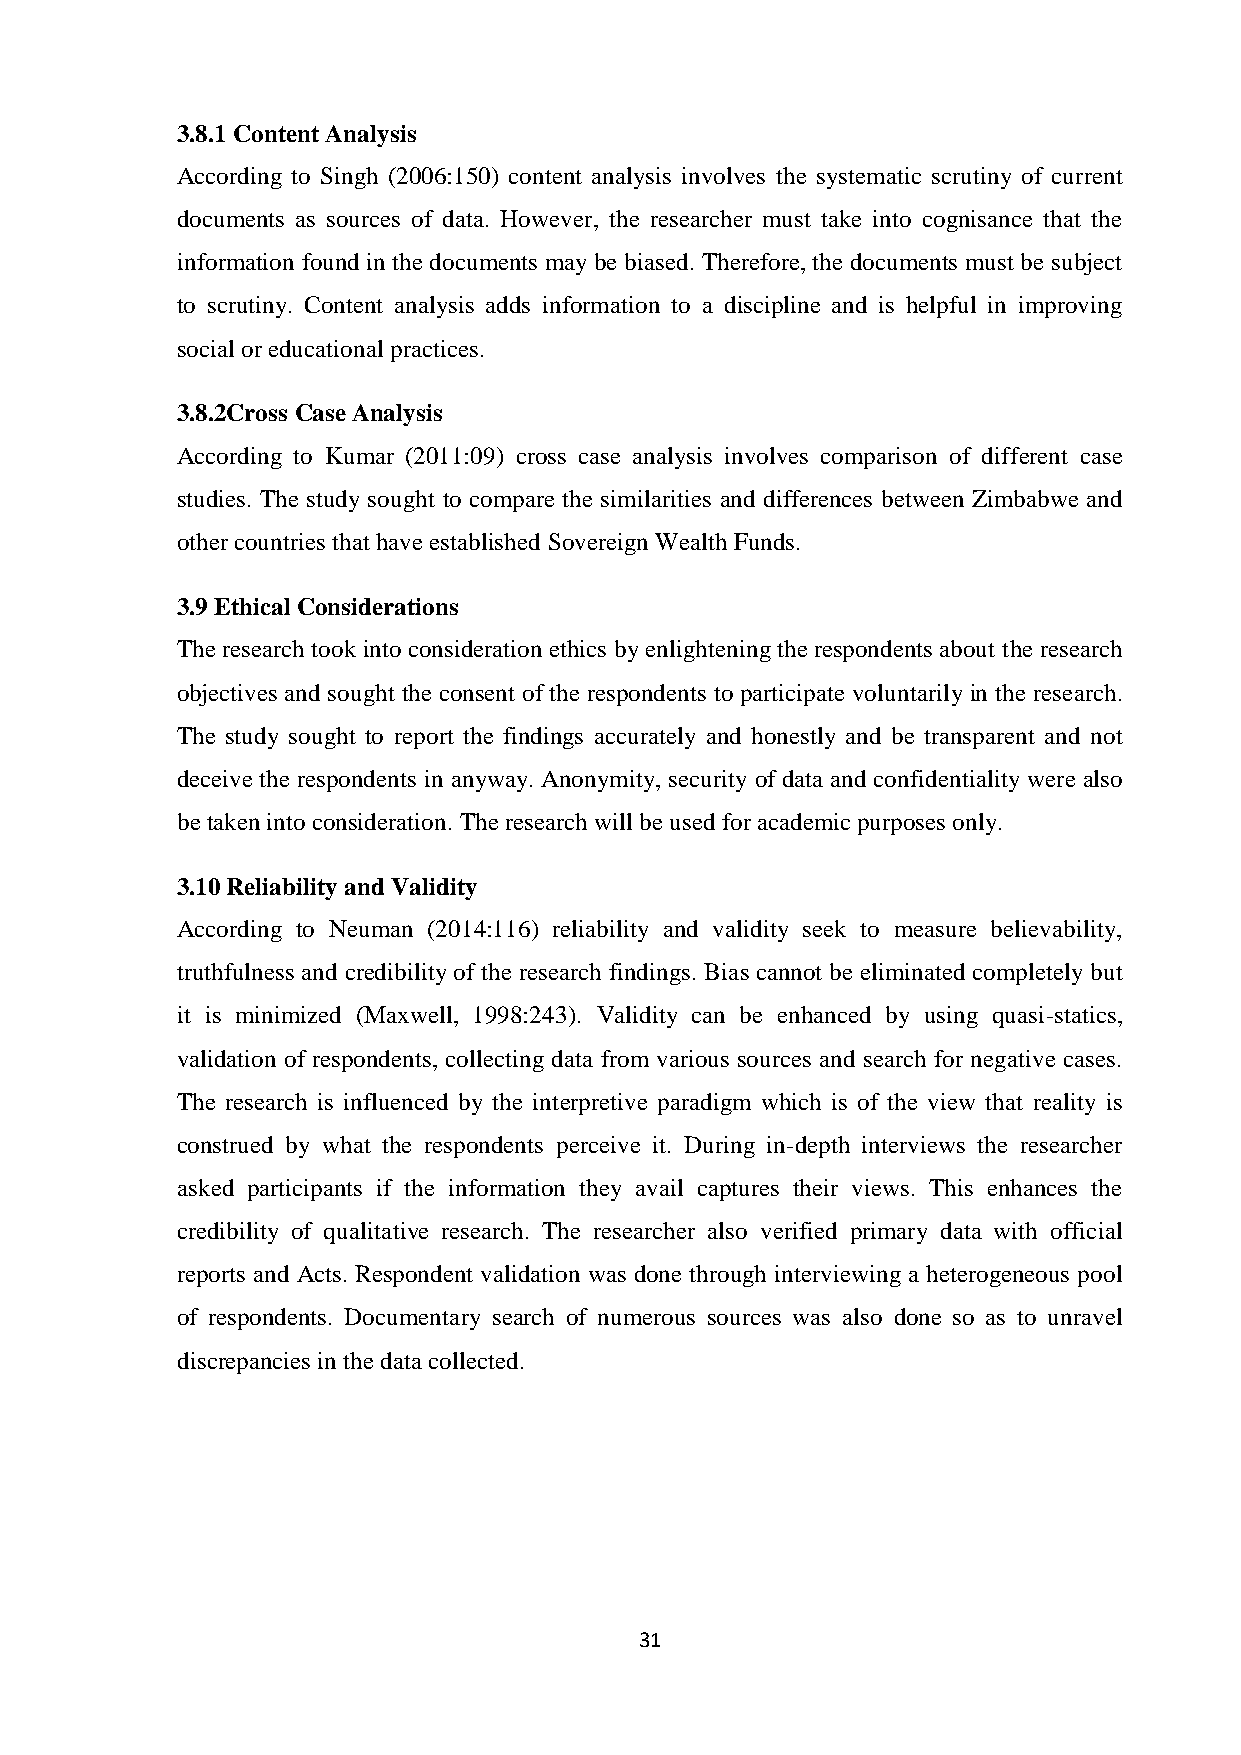
3.8.1 Content Analysis
 According to Singh (2006:150) content analysis involves the systematic scrutiny of current
 documents as sources of data. However, the researcher must take into cognisance that the
 information found in the documents may be biased. Therefore, the documents must be subject
 to scrutiny. Content analysis adds information to a discipline and is helpful in improving
 social or educational practices.
 3.8.2Cross Case Analysis
 According to Kumar (2011:09) cross case analysis involves comparison of different case
 studies. The study sought to compare the similarities and differences between Zimbabwe and
 other countries that have established Sovereign Wealth Funds.
 3.9 Ethical Considerations
 The research took into consideration ethics by enlightening the respondents about the research
 objectives and sought the consent of the respondents to participate voluntarily in the research.
 The study sought to report the findings accurately and honestly and be transparent and not
 deceive the respondents in anyway. Anonymity, security of data and confidentiality were also
 be taken into consideration. The research will be used for academic purposes only.
 3.10 Reliability and Validity
 According to Neuman (2014:116) reliability and validity seek to measure believability,
 truthfulness and credibility of the research findings. Bias cannot be eliminated completely but
 it is minimized (Maxwell, 1998:243). Validity can be enhanced by using quasi-statics,
 validation of respondents, collecting data from various sources and search for negative cases.
 The research is influenced by the interpretive paradigm which is of the view that reality is
 construed by what the respondents perceive it. During in-depth interviews the researcher
 asked participants if the information they avail captures their views. This enhances the
 credibility of qualitative research. The researcher also verified primary data with official
 reports and Acts. Respondent validation was done through interviewing a heterogeneous pool
 of respondents. Documentary search of numerous sources was also done so as to unravel
 discrepancies in the data collected.
 31